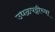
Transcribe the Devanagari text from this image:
उधळपट्टीच्या